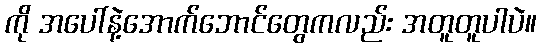
ကို အပေါ်နဲ့အောက်ဘောင်တွေကလည်း အတူတူပါပဲ။